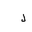
Letter: _lam